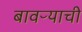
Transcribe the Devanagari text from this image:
बावऱ्याची